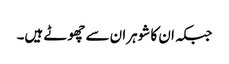
جبکہ ان کا شوہران سے چھوٹے ہیں۔